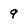
Character: 9